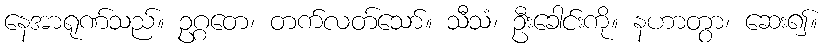
နေအာရုဏ်သည်။ ဥဂ္ဂတေ၊ တက်လတ်သော်။ သီသံ၊ ဦးခေါင်းကို။ နဟာတွာ၊ ဆေး၍။